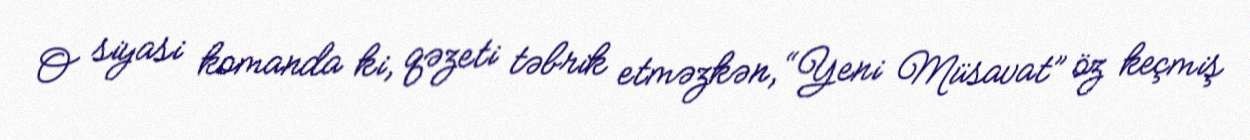
O siyasi komanda ki, qəzeti təbrik etməzkən, “Yeni Müsavat” öz keçmiş